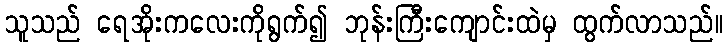
သူသည် ရေအိုးကလေးကိုရွက်၍ ဘုန်းကြီးကျောင်းထဲမှ ထွက်လာသည်။